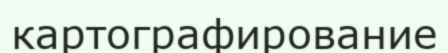
картографирование